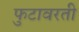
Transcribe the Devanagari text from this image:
फुटावरती